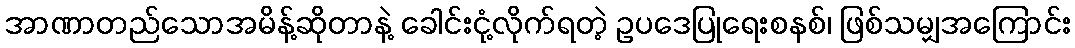
အာဏာတည်သောအမိန့်ဆိုတာနဲ့ ခေါင်းငုံ့လိုက်ရတဲ့ ဥပဒေပြုရေးစနစ်၊ ဖြစ်သမျှအကြောင်း